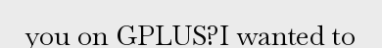
you on GPLUS?I wanted to